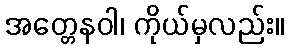
အတ္တေနဝါ၊ ကိုယ်မှလည်း။